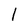
Character: 1